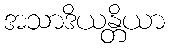
အသာဒိယန္တိယာ